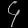
Digit: ၄